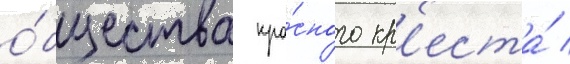
о́бщества кра́сного кр'еста́ /